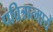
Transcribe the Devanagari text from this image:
पवित्रात्मायें